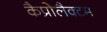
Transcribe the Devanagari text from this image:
कैप्रोलैक्टम